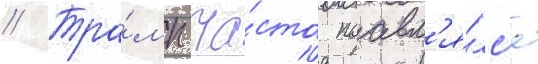
// Тра́мп ча́сто поавл'я́лс'я